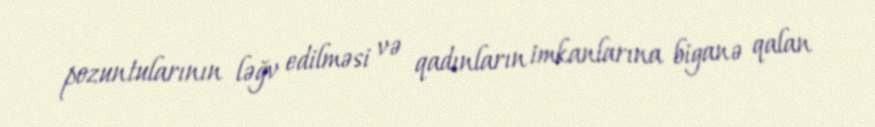
pozuntularının ləğv edilməsi və qadınların imkanlarına biganə qalan